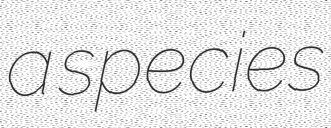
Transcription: a species